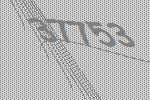
37753